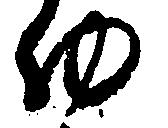
ゆ